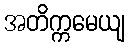
အတိက္ကမေယျ